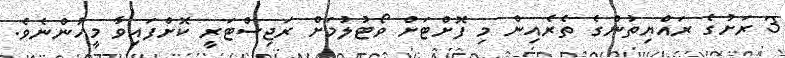
3 ރަށުގެ ރައްޔިތުންގެ ތެރެއިން މި ފޮށްޓަށް ވޯޓުލުމަށް ރަޖިސްޓަރީ ކޮށްފައިވާ މީހުންނެވެ.